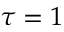
\tau = 1